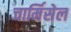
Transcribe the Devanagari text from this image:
चार्मिसेल